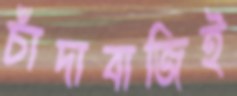
চাঁদাবাজিই